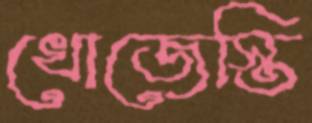
খোজেস্তি